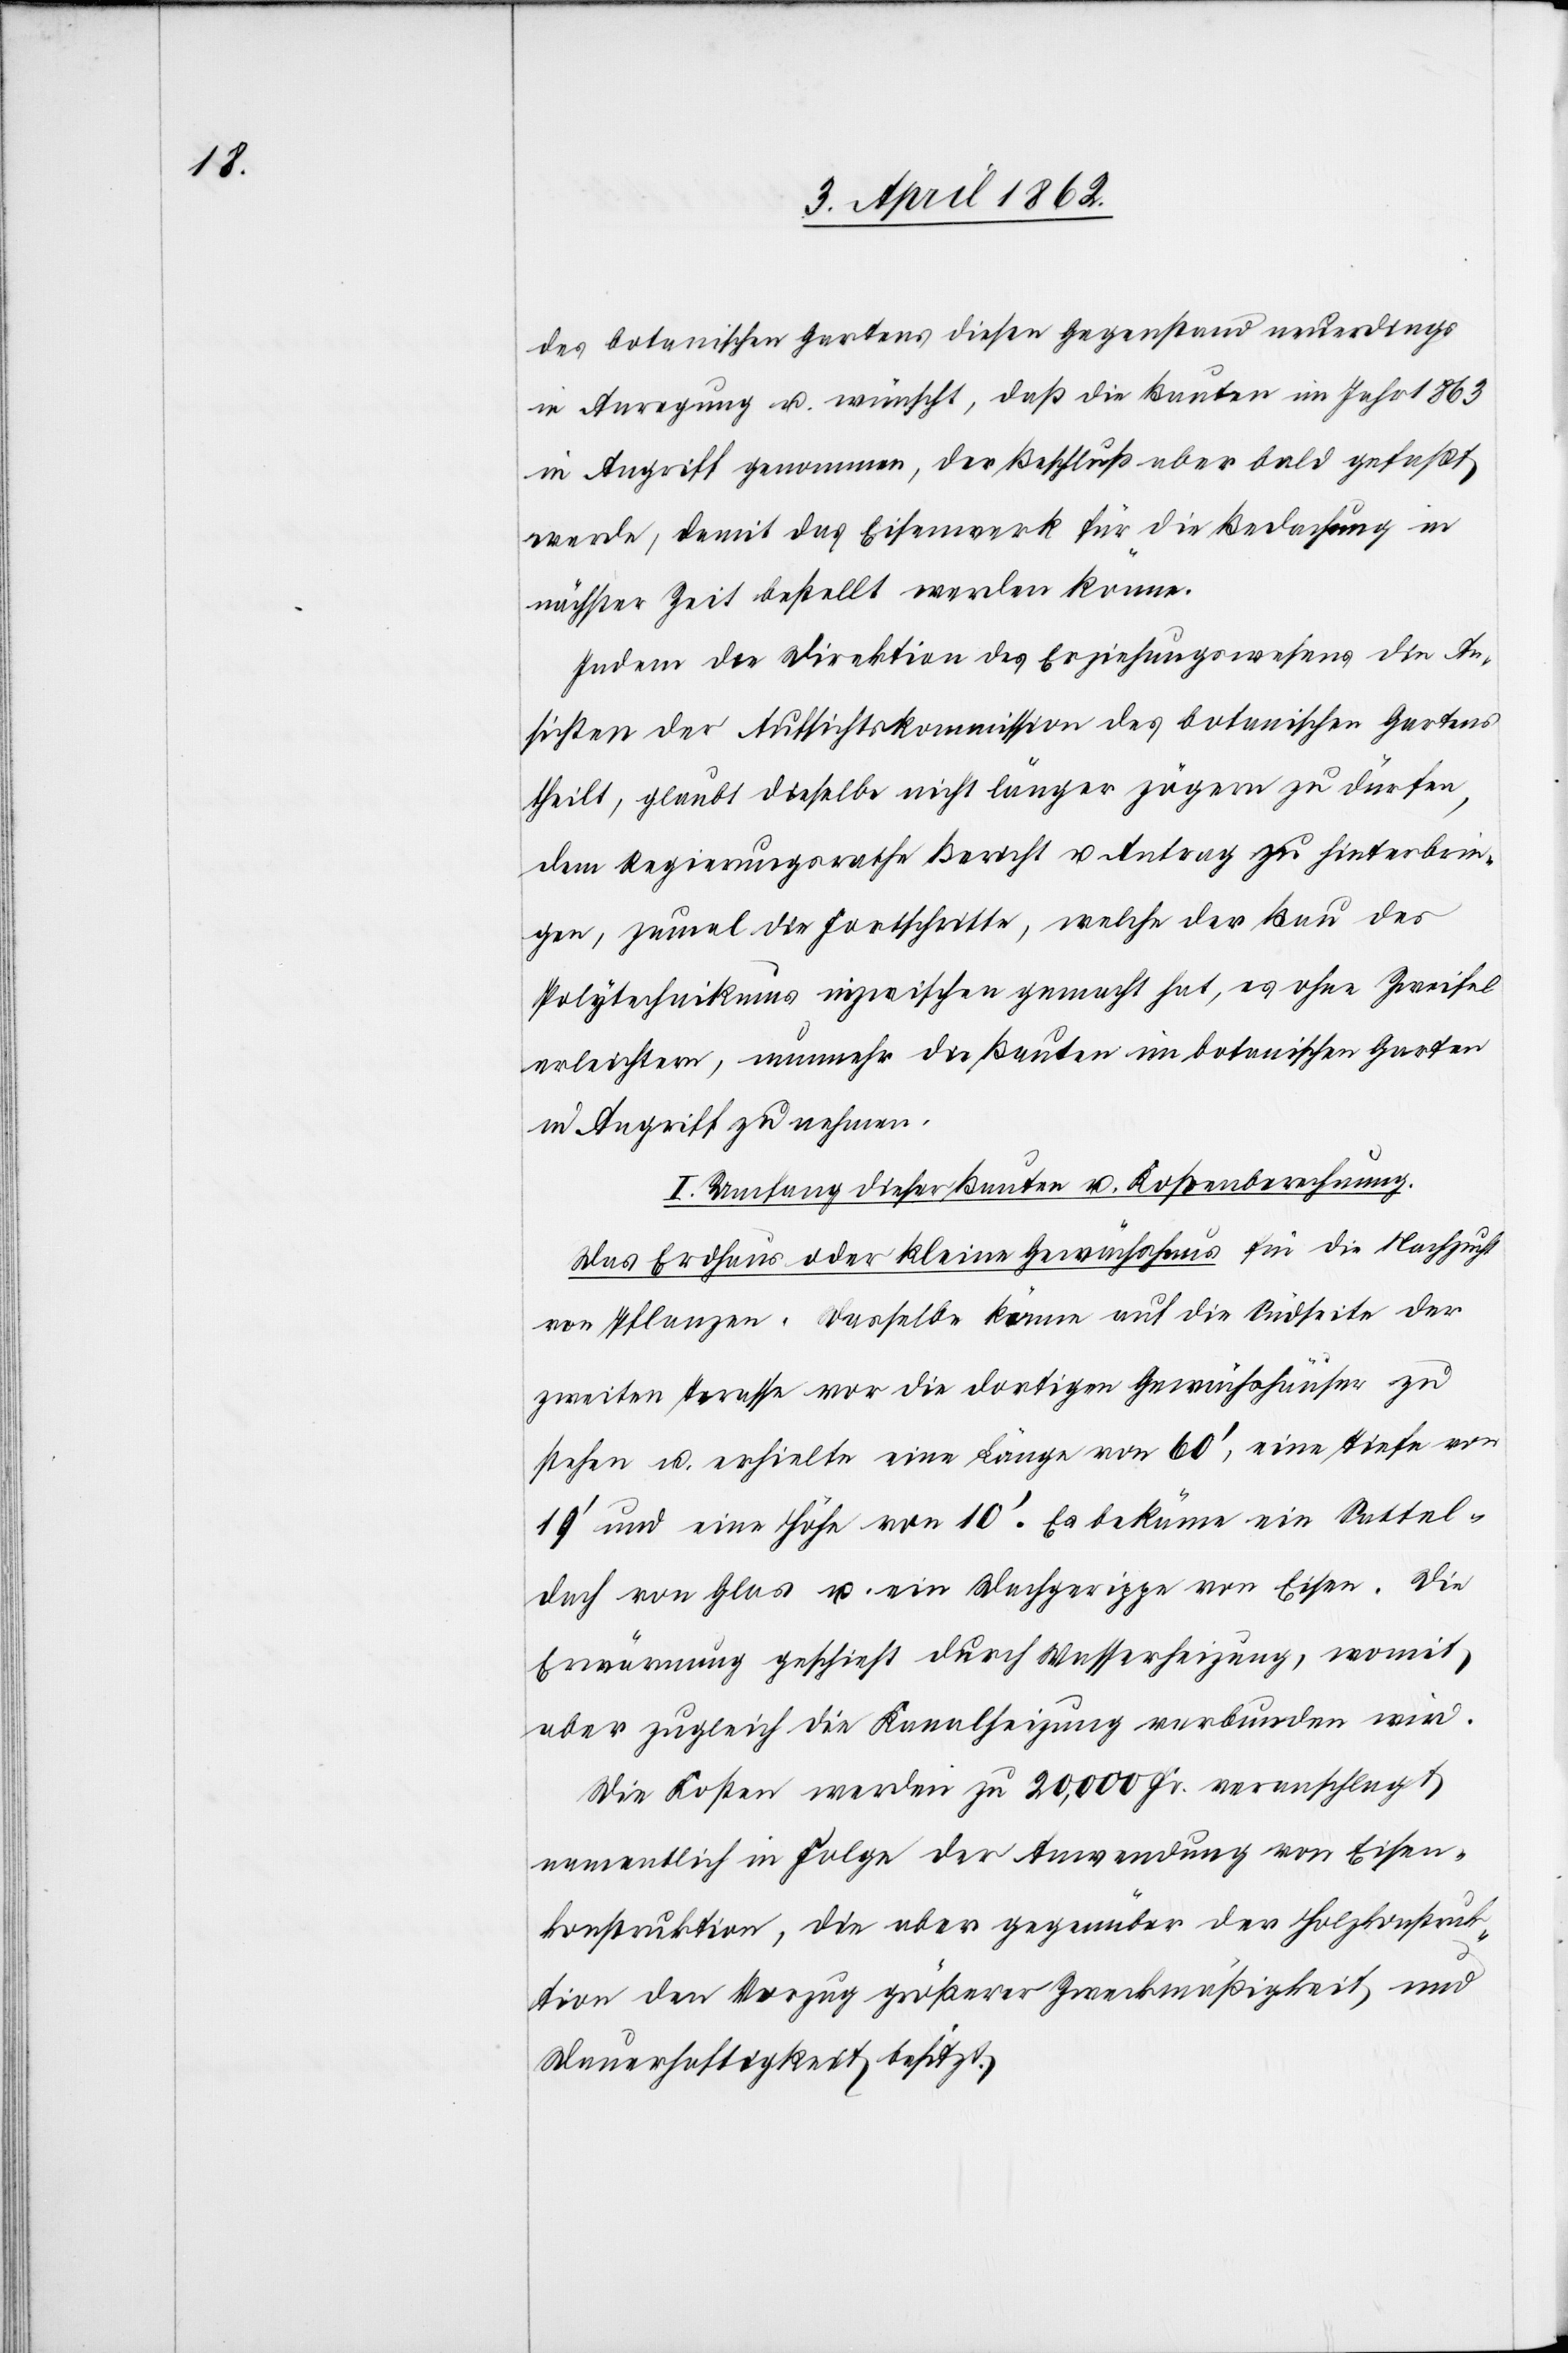
des botanischen Gartens diesen Gegenstand neuerdings
in Anregung u. wünscht, daß die Bauten im Jahr 1863
in Angriff genommen, der Beschluß aber bald gefaßt
werde, damit das Eisenwerk für die Bedachung in
nächster Zeit bestellt werden können.
Indem der Direktion des Erziehungswesens die An¬
sichten der Aufsichtskommission des botanischen Gartens
theilt, glaubt dieselbe nicht länger zögern zu dürfen,
dem Regierungsrathe Bericht u. Antrag zu hinterbrin¬
gen, zumal die Fortschritte, welche der Bau des
Polytechnikums inzwischen gemacht hat, es ohne Zweifel
erleichtern, nunmehr die Bauten im botanischen Garten
in Angriff zu nehmen.
I. Umfang dieser Bauten u. Kostenberechnung.
Das Erdhaus oder kleine Gewächshäuser für die Nachzucht
von Pflanzen. Dasselbe käme auf die Südseite der
zweiten Terasse vor die dortigen Gewächshäuser zu
stehen u. erhielte eine Länge von 60’, eine Tiefe von
19’ und eine Höhe von 10’. Es bekäme ein Sattel¬
dach von Glas u. ein Waschgerippe von Eisen. Die
Erwärmung geschieht durch Wasserheizung, womit,
aber zugleich die Kanalheizung verbunden wird.
Die Kosten werden zu 20,000 Fr. veranschlagt,
namentlich in Folge der Anwendung von Eisen¬
konstruktion, die aber gegenüber der Holzkonstruk¬
tion den Vorzug größerer Zweckmäßigkeit, und
Dauerhaftigkeit besitzt.